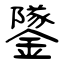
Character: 鐆